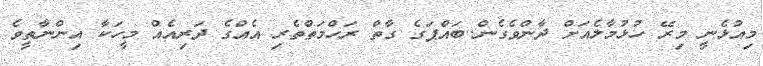
މިއުޅެނީ މިރޭ ހުޅުމާލެއަށް ދާންވެގެން..ބައްޕަގެ ގާތް ރަހްމަތްތެރި އެއްގެ ދަރިއެއް މީހަކާ އިންނާތީވެ